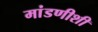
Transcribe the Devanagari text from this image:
मांडणीशी